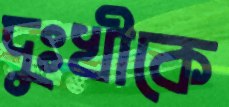
দুঃখীকে